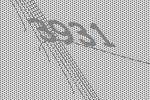
3931